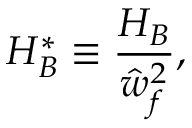
H _ { B } ^ { * } \equiv \frac { H _ { B } } { \hat { w } _ { f } ^ { 2 } } ,